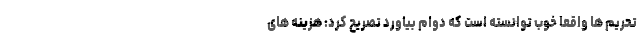
تحریم ها واقعا خوب توانسته است که دوام بیاورد تصریح کرد: هزینه های